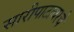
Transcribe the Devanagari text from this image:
सारीपाटावरचे